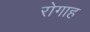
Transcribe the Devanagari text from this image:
रोगाह